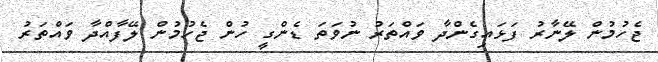
ޖެހުމުން ލޭނާރު ފަޅައިގެންދާ ވައްތަރު ނުވަތަ ޑެންގީ ހުން ޖެހުމުން ލޭފާއްދާ ވައްތަރު